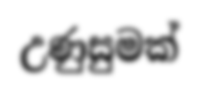
උණුසුමක්